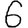
Digit: 6